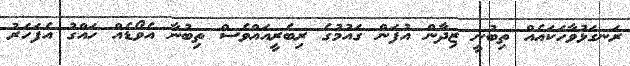
ރަނގަޅުވާހަކައެއް ތިބުނީ ޒިދާން އުފަން ގައުމުގެ ރިބެރީއައްވެސް ތިބުނާ އެވޯޑެއް ހައްގު އެފަހަރު